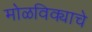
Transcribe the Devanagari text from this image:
मोळविक्याचे